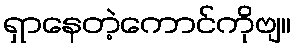
ရှာနေတဲ့ကောင်ကိုဗျ။